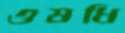
ওষধি